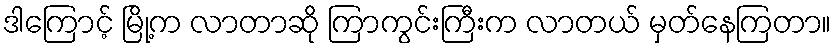
ဒါကြောင့် မြို့က လာတာဆို ကြာကွင်းကြီးက လာတယ် မှတ်နေကြတာ။